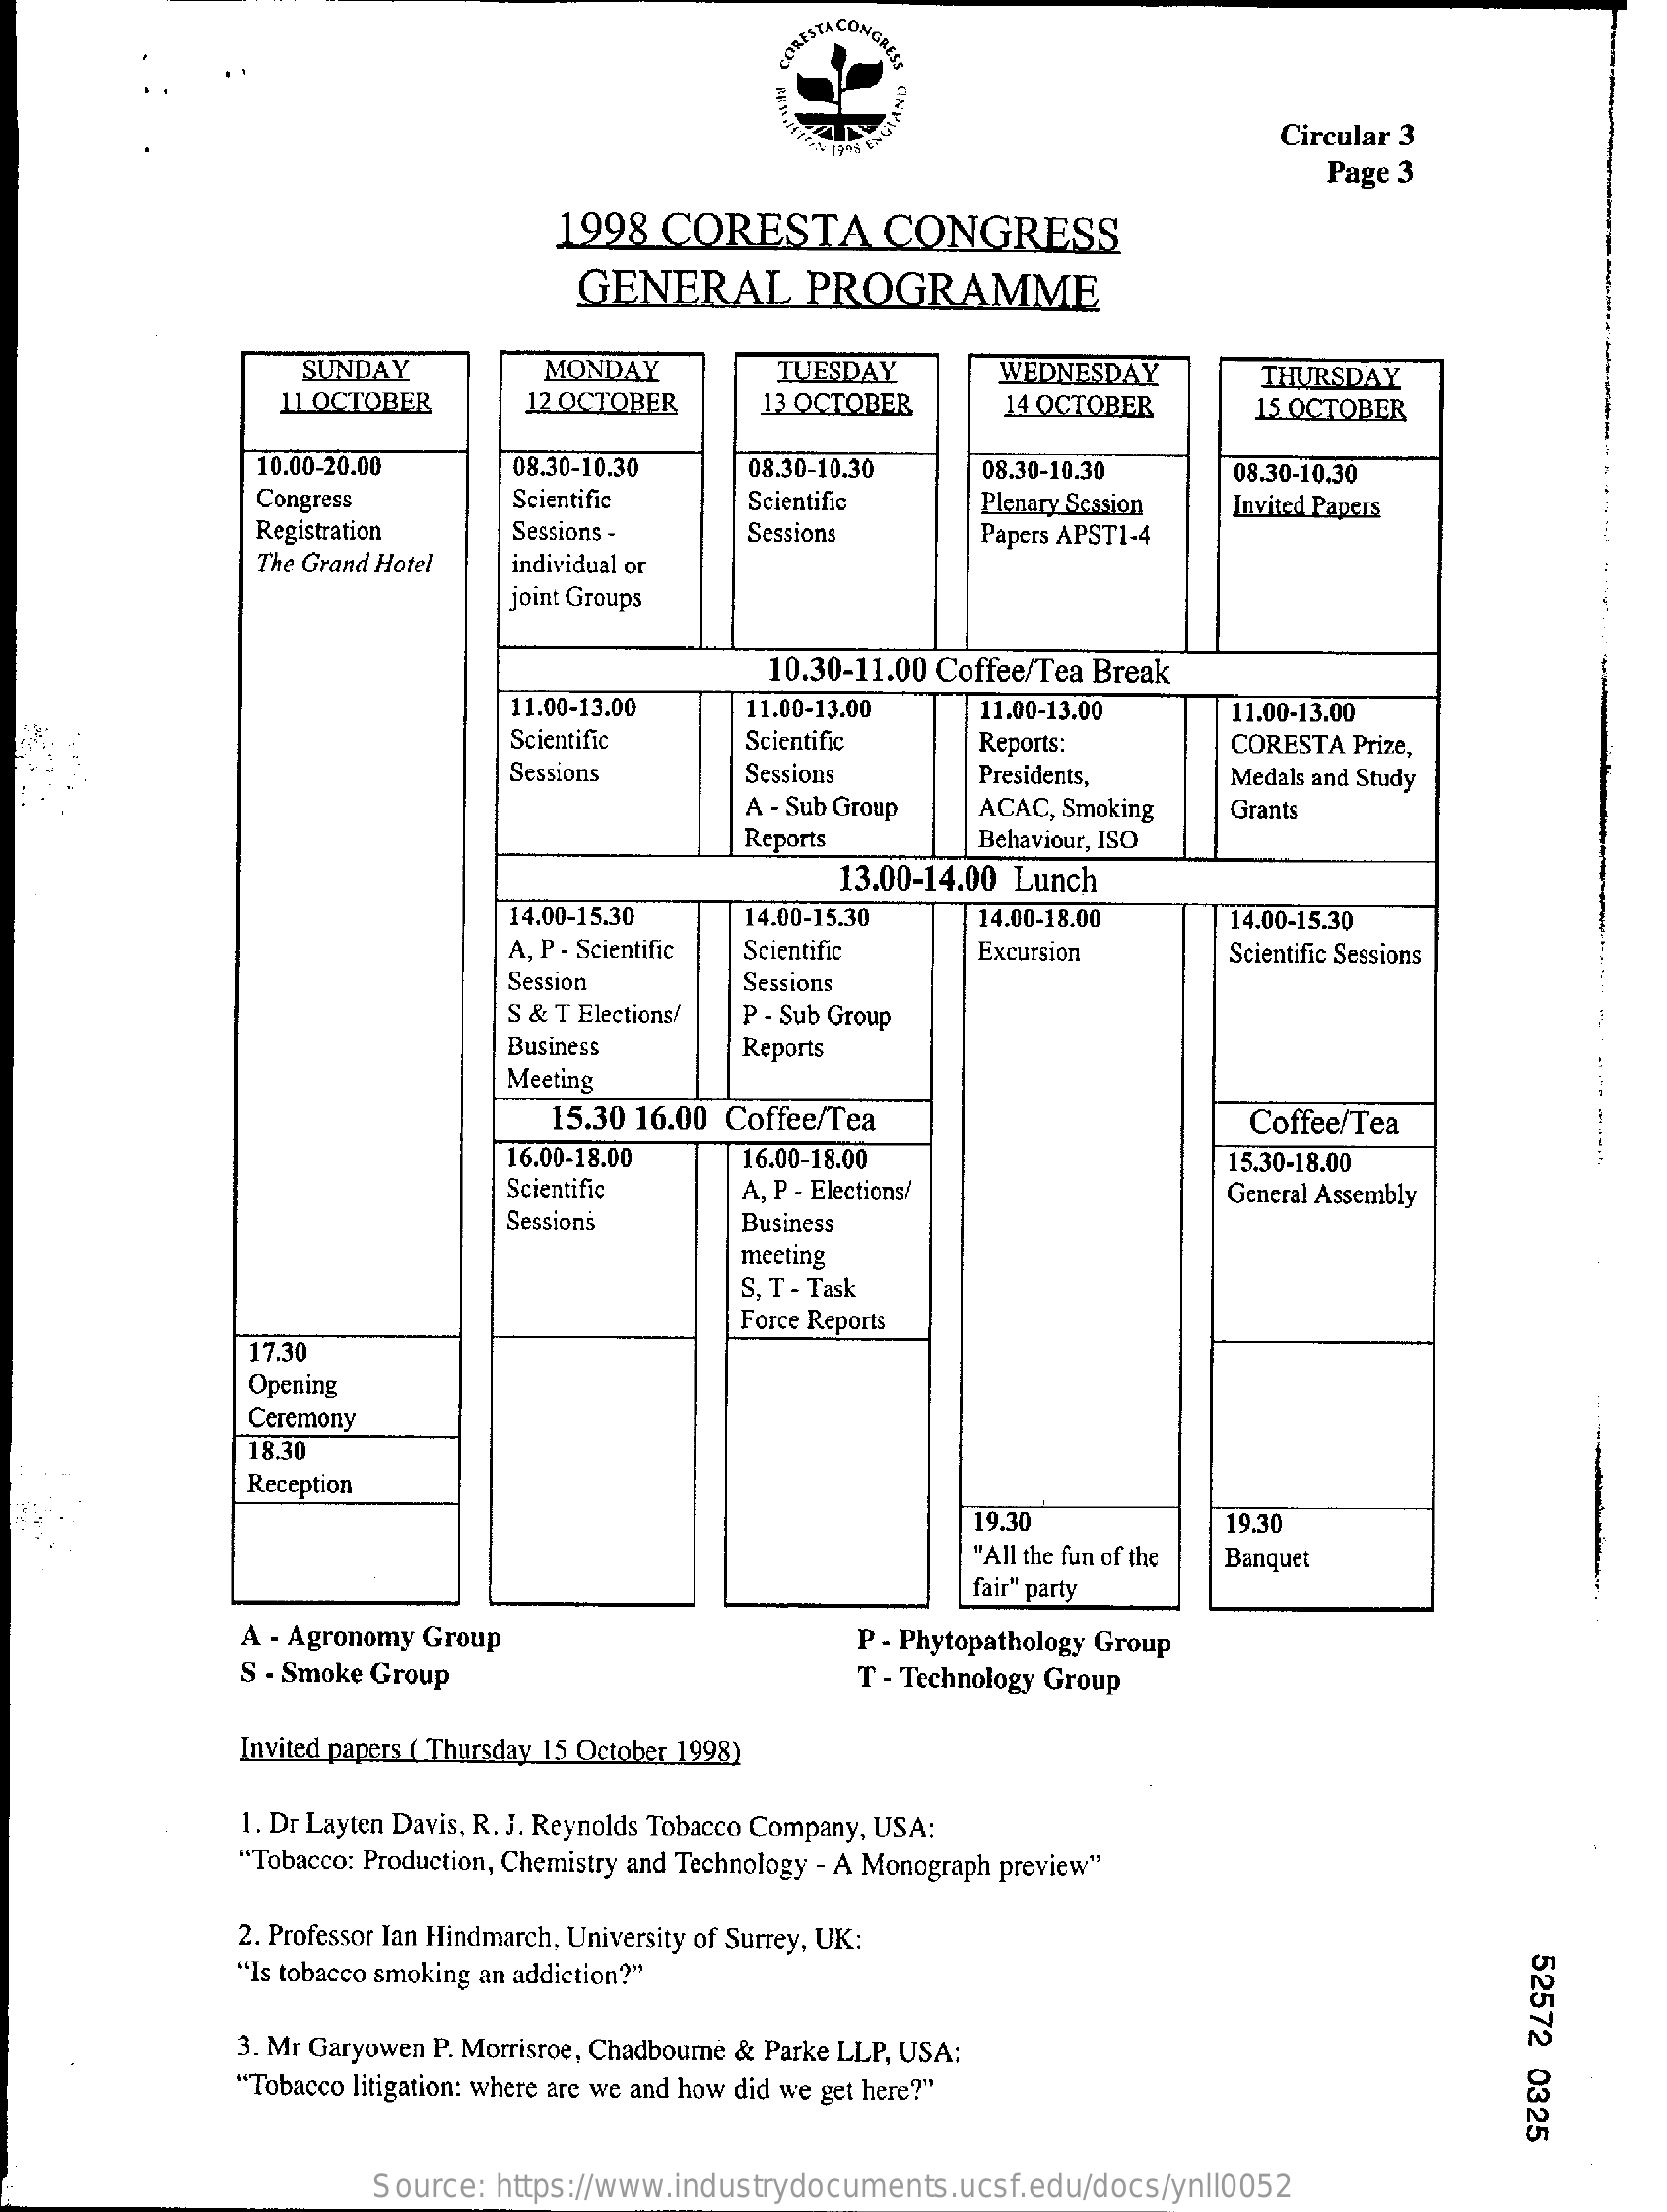
CORESTA CONGRESS
     Circular 3
     Page 3
     1998   CORESTA    CONGRESS
     GENERAL    PROGRAMME
     SUNDAY    MONDAY    TUESDAY    WEDNESDAY    THURSDAY
     11 OCTOBER    12 OCTOBER    13 OCTOBER    14 OCTOBER    15 OCTOBER
     10.00-20.00    08.30-10.30    08.30-10.30    08.30-10.30    08.30-10.30
     Congress    Scientific    Scientific    Plenary Session  Invited Papers
     Registration    Sessions -    Sessions    Papers APST1-4
     The Grand Hotel   individual or
     joint Groups
     10.30-11.00 Coffee/Tea Break
     11.00-13.00    11.00-13.00    11.00-13.00    11.00-13.00
     Scientific    Scientific    Reports:    CORESTA  Prize,
     Sessions    Sessions    Presidents,    Medals and Study
     A - Sub Group   ACAC, Smoking    Grants
     Reports    Behaviour, ISO
     13.00-14.00 Lunch
     14.00-15.30    14.00-15.30    14.00-18.00    14.00-15.30
     A, P - Scientific Scientific    Excursion    Scientific Sessions
     Session    Sessions
     S & T Elections/ P - Sub Group
     Business    Reports
     Meeting
     15.30 16.00 Coffee/Tea    Coffee/Tea
     16.00-18.00    16.00-18.00    15.30-18.00
     Scientific    A, P - Elections/    General Assembly
     Sessions    Business
     meeting
     S, T - Task
     Force Reports
     17.30
     Opening
     Ceremony
     18.30
     Reception
     19.30    19.30
     "All the fun of the Banquet
     fair" party
     A - Agronomy Group    P - Phytopathology Group
     S - Smoke Group    T - Technology Group
     Invited papers ( Thursday 15 October 1998)
     1. Dr Layten Davis, R. J. Reynolds Tobacco Company, USA:
     "Tobacco: Production, Chemistry and Technology - A Monograph preview"
     2. Professor Ian Hindmarch, University of Surrey, UK:
     52572
     0325
     "Is tobacco smoking an addiction?"
     3. Mr Garyowen P. Morrisroe, Chadbourne & Parke LLP, USA:
     "Tobacco litigation: where are we and how did we get here?"
     Source:  https://www.industrydocuments.ucsf.edu/docs/ynll0052